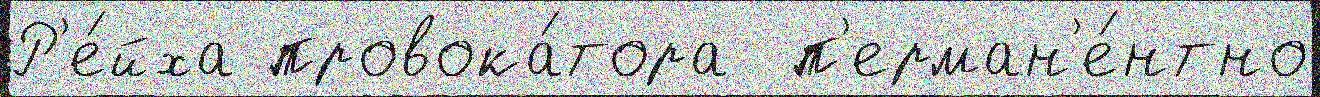
Р'е́йха провока́тора  п'ерман'е́нтно